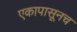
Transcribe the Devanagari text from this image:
एकापासूनच